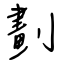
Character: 劃